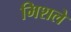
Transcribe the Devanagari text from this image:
मिशले